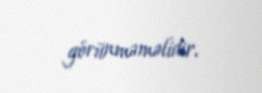
görünməməlidir.